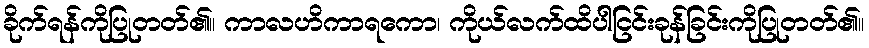
ခိုက်ရန်ကိုပြုတတ်၏။ ကာလဟိကာရကော၊ ကိုယ်လက်ထိပါငြင်းခုန်ခြင်းကိုပြုတတ်၏။